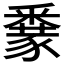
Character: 𨤜